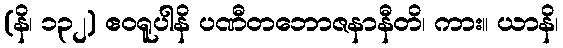
(နိ၊ ၁၃၂) ဧဝရူပါနိ ပဏီတဘောဇနာနီတိ၊ ကား။ ယာနိ၊